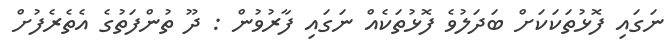
ނަގައި ފޮޅުތަކަކަށް ބަދަލުވެ ފޮޅުތަކެއް ނަގައި ފާރުވުން : ދޫ ތުންފަތުގެ އެތެރެފުށް